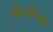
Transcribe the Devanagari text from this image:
भैरवीच्या